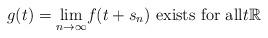
LaTeX: \begin{align*}g(t)=\underset{n\rightarrow\infty}{\lim}f(t+s_{n})\text{ exists for all}t\mathbb{R}\end{align*}